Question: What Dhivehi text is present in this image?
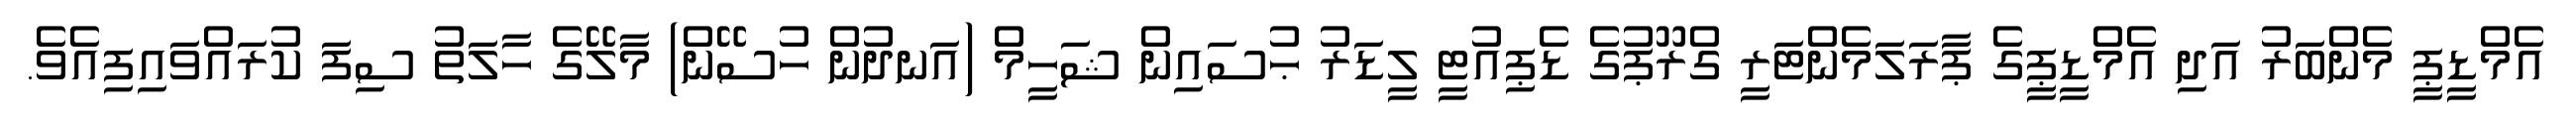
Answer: އެމްޑީޕީ މެންބަރު އަދި އެމްޑީޕީގެ ޕާރަލަމެންޓަރީ ގްރޫޕުގެ ޑެޕިއުޓީ ލީޑަރު ޙުސައިން ޝަހީމް (އަނދުން ހުސޭން) މާލޭގެ ހާލަތު ސިފަ ކުރައްވައިފިއެވެ.